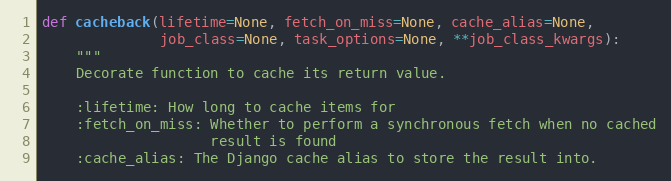
Language: Python
def cacheback(lifetime=None, fetch_on_miss=None, cache_alias=None,
              job_class=None, task_options=None, **job_class_kwargs):
    """
    Decorate function to cache its return value.

    :lifetime: How long to cache items for
    :fetch_on_miss: Whether to perform a synchronous fetch when no cached
                    result is found
    :cache_alias: The Django cache alias to store the result into.